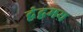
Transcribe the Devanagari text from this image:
द्वंद्वमय